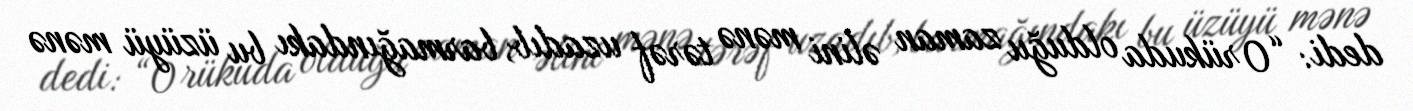
dedi: “O rükuda olduğu zaman əlini mənə tərəf uzadıb, barmağındakı bu üzüyü mənə